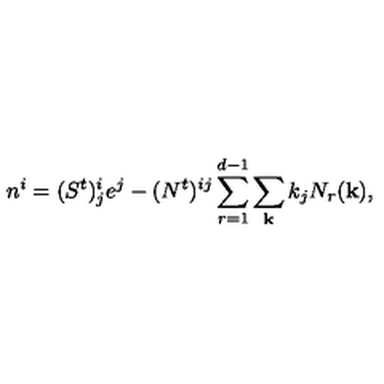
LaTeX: n ^ { i } = ( S ^ { t } ) _ { j } ^ { i } e ^ { j } - ( N ^ { t } ) ^ { i j } \sum _ { r = 1 } ^ { d - 1 } \sum _ { \bf k } k _ { j } N _ { r } ( { \bf k } ) ,